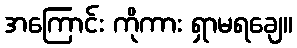
အကြောင်း ကိုကား ရှာမရချေ။